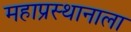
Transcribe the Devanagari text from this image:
महाप्रस्थानाला